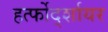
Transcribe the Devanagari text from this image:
हर्त्फोर्द्शायर